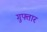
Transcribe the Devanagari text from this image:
गुफ्तार